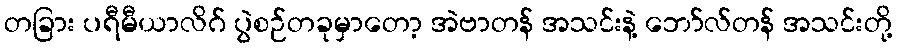
တခြား ပရီမီယာလိဂ် ပွဲစဉ်တခုမှာတော့ အဲဗာတန် အသင်းနဲ့ ဘော်လ်တန် အသင်းတို့